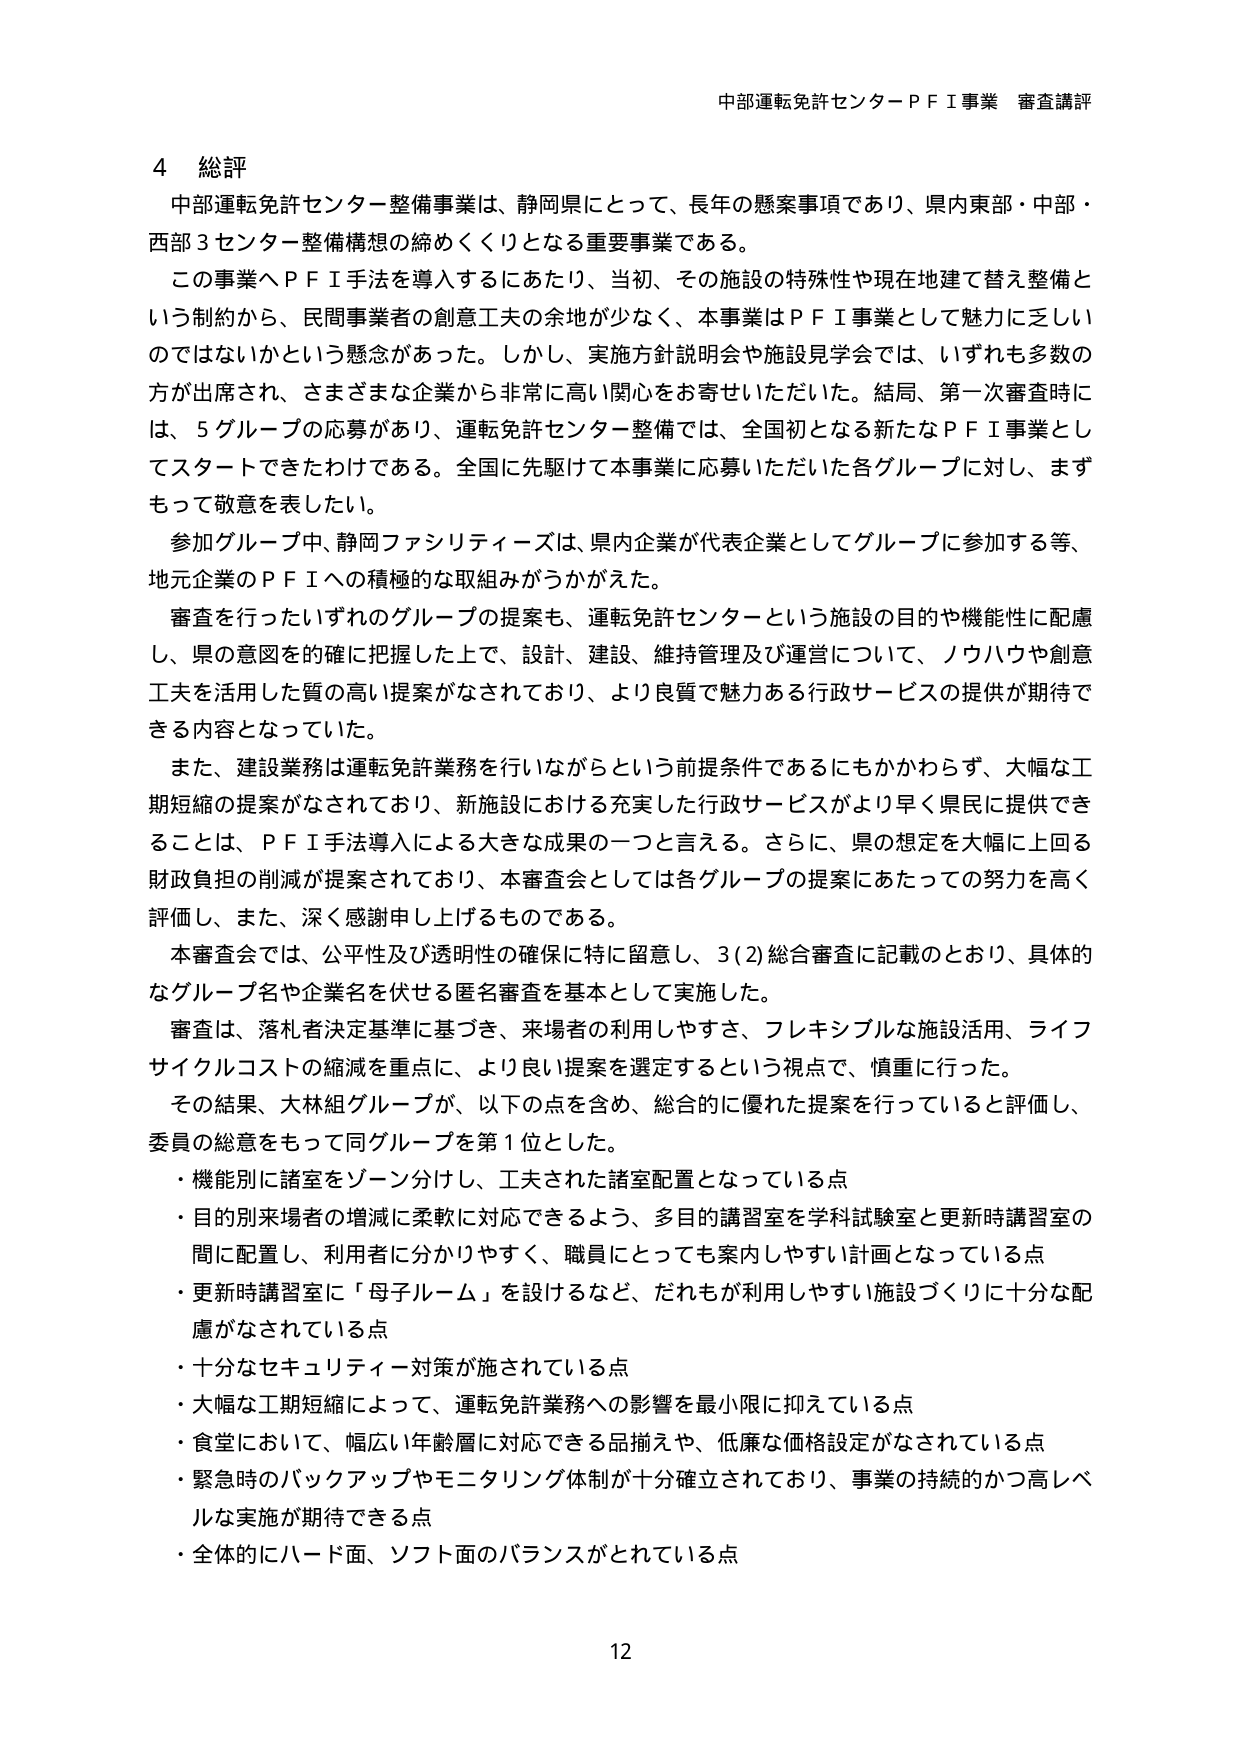
中部運転免許センターＰＦＩ事業 審査講評

4 総評
中部運転免許センター整備事業は、静岡県にとって、長年の懸案事項であり、県内東部・中部・西部3センター整備構想の締めくくりとなる重要事業である。
この事業へＰＦＩ手法を導入するにあたり、当初、その施設の特殊性や現在地建て替え整備という制約から、民間事業者の創意工夫の余地が少なく、本事業はＰＦＩ事業として魅力に乏しいのではないかという懸念があった。しかし、実施方針説明会や施設見学会では、いずれも多数の方が出席され、さまざまな企業から非常に高い関心をお寄せいただいた。結局、第一次審査時には、5グループの応募があり、運転免許センター整備では、全国初となる新たなＰＦＩ事業としてスタートできたわけである。全国に先駆けて本事業に応募いただいた各グループに対し、まずもって敬意を表したい。
参加グループ中、静岡ファシリティーズは、県内企業が代表企業としてグループに参加する等、地元企業のＰＦＩへの積極的な取組みがうかがえた。
審査を行ったいずれのグループの提案も、運転免許センターという施設の目的や機能性に配慮し、県の意図を的確に把握した上で、設計、建設、維持管理及び運営について、ノウハウや創意工夫を活用した質の高い提案がなされており、より良質で魅力ある行政サービスの提供が期待できる内容となっていた。
また、建設業務は運転免許業務を行いながらという前提条件であるにもかかわらず、大幅な工期短縮の提案がなされており、新施設における充実した行政サービスがより早く県民に提供できることは、ＰＦＩ手法導入による大きな成果の一つと言える。さらに、県の想定を大幅に上回る財政負担の削減が提案されており、本審査会としては各グループの提案にあたっての努力を高く評価し、また、深く感謝申し上げるものである。
本審査会では、公平性及び透明性の確保に特に留意し、3(2)総合審査に記載のとおり、具体的なグループ名や企業名を伏せる匿名審査を基本として実施した。
審査は、落札者決定基準に基づき、来場者の利用しやすさ、フレキシブルな施設活用、ライフサイクルコストの縮減を重点に、より良い提案を選定するという視点で、慎重に行った。
その結果、大林組グループが、以下の点を含め、総合的に優れた提案を行っていると評価し、委員の総意をもって同グループを第1位とした。
・機能別に諸室をゾーン分けし、工夫された諸室配置となっている点
・目的別来場者の増減に柔軟に対応できるよう、多目的講習室を学科試験室と更新時講習室の間に配置し、利用者に分かりやすく、職員にとっても案内しやすい計画となっている点
・更新時講習室に「母子ルーム」を設けるなど、だれもが利用しやすい施設づくりに十分な配慮がなされている点
・十分なセキュリティ対策が施されている点
・大幅な工期短縮によって、運転免許業務への影響を最小限に抑えている点
・食堂において、幅広い年齢層に対応できる品揃えや、低廉な価格設定がなされている点
・緊急時のバックアップやモニタリング体制が十分確立されており、事業の持続的かつ高レベルな実施が期待できる点
・全体的にハード面、ソフト面のバランスがとれている点

12